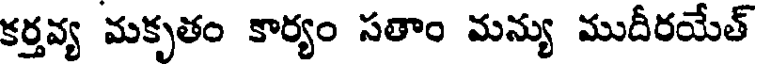
కర్తవ్య మకృతం కార్యం సతాం మన్యు ముదీరయేత్